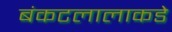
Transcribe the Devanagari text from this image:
बंकटलालाकडे